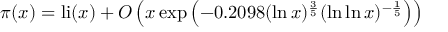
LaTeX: \pi ( x ) = \operatorname { l i } ( x ) + O \left( x \exp \left( - 0 . 2 0 9 8 ( \ln x ) ^ { \frac { 3 } { 5 } } ( \ln \ln x ) ^ { - { \frac { 1 } { 5 } } } \right) \right)